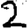
Digit: 2